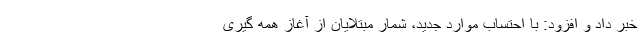
خبر داد و افزود: با احتساب موارد جدید، شمار مبتلایان از آغاز همه گیری